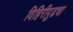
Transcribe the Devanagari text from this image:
विहिरीपुढचा